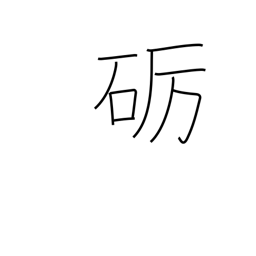
Meaning: polish